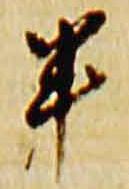
半